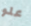
علو